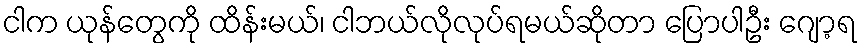
ငါက ယုန်တွေကို ထိန်းမယ်၊ ငါဘယ်လိုလုပ်ရမယ်ဆိုတာ ပြောပါဦး ဂျော့ရ